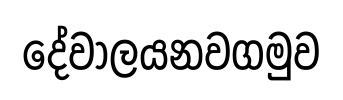
දේවාලයනවගමුව